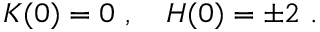
K ( 0 ) = 0 \ , \quad H ( 0 ) = \pm 2 \ .